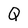
Character: Q